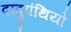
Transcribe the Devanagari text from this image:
दादुपंथियो